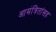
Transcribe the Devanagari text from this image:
आमंत्रितांसह